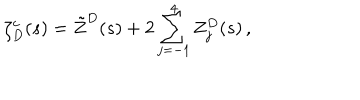
LaTeX: \zeta _ { D } ^ { c } ( s ) = \tilde { Z } ^ { D } ( s ) + 2 \sum _ { j = - 1 } ^ { 4 } Z _ { j } ^ { D } ( s ) \, { , }